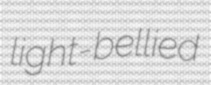
light-bellied